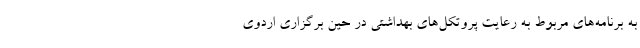
به برنامه‌های مربوط به رعایت پروتکل‌های بهداشتی در حین برگزاری اردوی